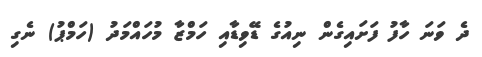
ދެ ވަނަ ހާފު ފަށައިގެން ނިއުގެ ޑޭވިޑާއި ހަމްޒާ މުހައްމަދު (ހަމްޕު) ނެގި